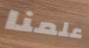
علمنا